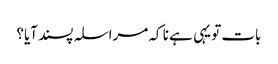
بات تو یہی ہے نا کہ مراسلہ پسند آیا؟